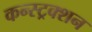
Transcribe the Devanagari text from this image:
कन्स्ट्रक्‍शन